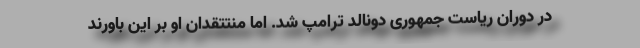
در دوران ریاست جمهوری دونالد ترامپ شد. اما منتتقدان او بر این باورند